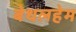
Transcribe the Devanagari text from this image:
बेथलहेम